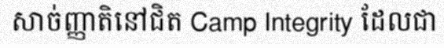
សាច់ញ្ញាតិនៅជិត Camp Integrity ដែលជា